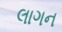
લાગન